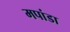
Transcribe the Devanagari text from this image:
मपांडा